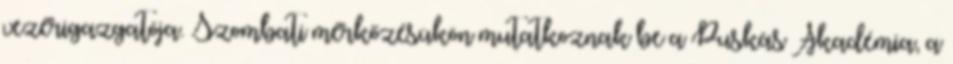
vezérigazgatója. Szombati mérkőzésükön mutatkoznak be a Puskás Akadémia, a